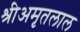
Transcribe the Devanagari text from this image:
श्रीअमृतलाल